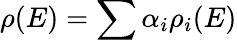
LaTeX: {\rho}(E)=\sum{{\alpha}_{i}{\rho}_{i}(E)}